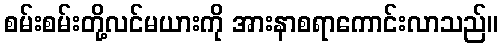
စမ်းစမ်းတို့လင်မယားကို အားနာစရာကောင်းလာသည်။